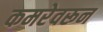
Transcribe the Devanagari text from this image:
कमरेवरून